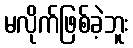
မလိုက်ဖြစ်ခဲ့ဘူး